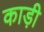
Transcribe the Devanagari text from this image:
काड़ी